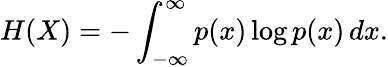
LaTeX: H(X)=-\int_{-\infty}^{\infty}p(x)\log p(x)\, dx.